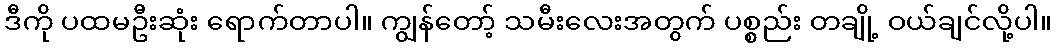
ဒီကို ပထမဦးဆုံး ရောက်တာပါ။ ကျွန်တော့် သမီးလေးအတွက် ပစ္စည်း တချို့ ဝယ်ချင်လို့ပါ။